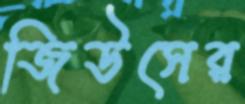
জিউসের